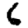
Digit: 6